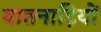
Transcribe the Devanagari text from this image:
वातनाड़ियों